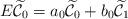
LaTeX: \begin{align*}E\widetilde{\mathcal{C}}_{0}=a_{0}\widetilde{\mathcal{C}}_{0}+b_{0}\widetilde{\mathcal{C}}_{1} \end{align*}